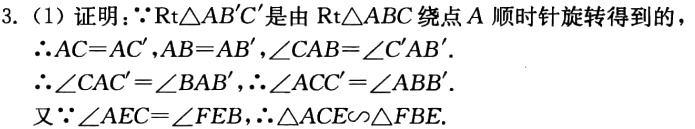
3. (1) 证明：\(\because \text{Rt}\triangle AB'C'\)是由\(\text{Rt}\triangle ABC\)绕点\(A\)顺时针旋转得到的，

\(\therefore AC = AC', AB = AB', \angle CAB=\angle C'AB'\).

\(\therefore \angle CAC'=\angle BAB', \therefore \angle ACC'=\angle ABB'\).

又\(\because \angle AEC=\angle FEB, \therefore \triangle ACE\sim\triangle FBE\).